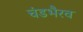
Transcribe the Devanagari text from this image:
चंडभैरव